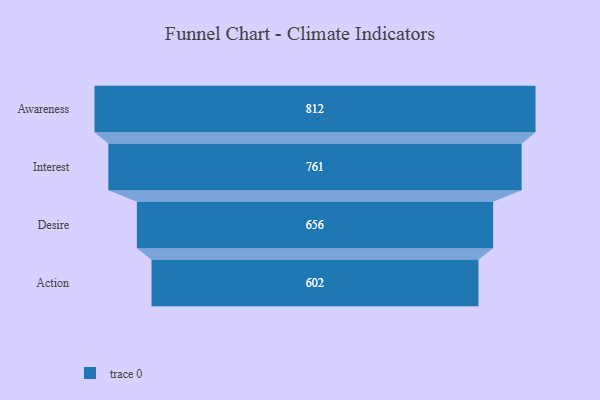
{"axis": {"x": "Stage", "y": "Value"}, "legend": [""], "data": [{"x": "Awareness", "y": 812.0, "type": ""}, {"x": "Interest", "y": 761.0, "type": ""}, {"x": "Desire", "y": 656.0, "type": ""}, {"x": "Action", "y": 602.0, "type": ""}]}